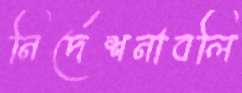
নির্দেশনাবলি